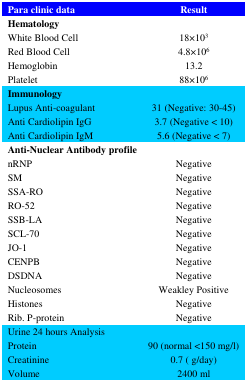
<table><thead><tr><td><b>Para clinic data</b></td><td><b>Result</b></td></tr></thead><tbody><tr><td><b>Hematology</b>White Blood CellRed Blood CellHemoglobinPlatelet</td><td>18×10<sup>3</sup>4.8×10<sup>6</sup>13.288×10<sup>6</sup></td></tr><tr><td><b>Immunology</b>Lupus Anti-coagulantAnti Cardiolipin IgGAnti Cardiolipin IgM</td><td>31 (Negative: 30-45)3.7 (Negative &lt; 10)5.6 (Negative &lt; 7)</td></tr><tr><td><b>Anti-Nuclear Antibody profile</b>nRNPSMSSA-RORO-52SSB-LASCL-70JO-1CENPBDSDNANucleosomesHistonesRib. P-protein</td><td>NegativeNegativeNegativeNegativeNegativeNegativeNegativeNegativeNegativeWeakley PositiveNegativeNegative</td></tr><tr><td>Urine 24 hours AnalysisProteinCreatinineVolume</td><td>90 (normal &lt;150 mg/l)0.7 ( g/day)2400 ml</td></tr></tbody></table>